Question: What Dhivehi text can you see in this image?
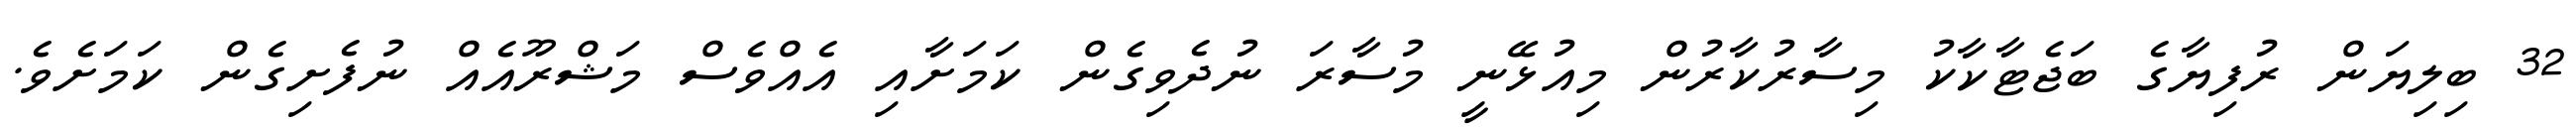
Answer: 32 ބިލިޔަން ރުފިޔާގެ ބަޖެޓާކާކު މިސާރުކާރުން މިއުޅޭނީ މުސާރަ ނުދެވިގެން ކަމަށާއި އެއްވެސް މަޝްރޫއެއް ނުފެށިގެން ކަމަށެވެ.